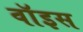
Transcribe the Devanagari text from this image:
वाॅइस